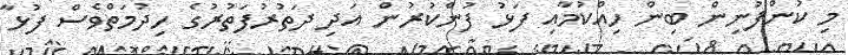
މި ކުންފުނިން ބިން ހިއްކުމާއި ފަޅު ފުންކުރުން އަދި ދަތުރުފަތުރުގެ ހިދުމަތްވެސް ފުޅާ